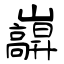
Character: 巐